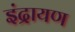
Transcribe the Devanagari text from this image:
इंद्रायण